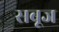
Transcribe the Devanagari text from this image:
सबूज